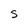
Character: S